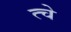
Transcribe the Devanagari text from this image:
त्चे